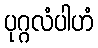
ပုဂ္ဂလံပါဟံ